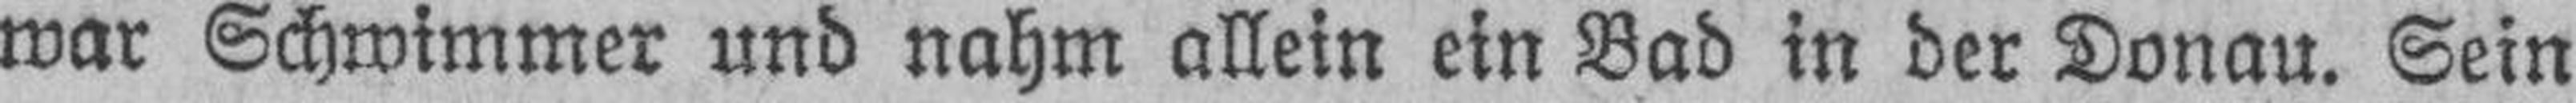
war Schwimmer und nahm allein ein Bad in der Donau. Sein